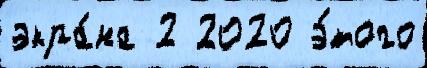
экра́на 2 2020 э́того